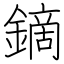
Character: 鏑